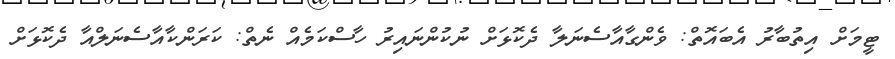
ޓީމަށް އިތުބާރު އެބައޮތް: ވެންގާއާސެނަލާ ދެކޮޅަށް ނުުކުންނައިރު ހާސްކަމެއް ނެތް: ކަރަންކާއާސެނަލްއާ ދެކޮޅަށް